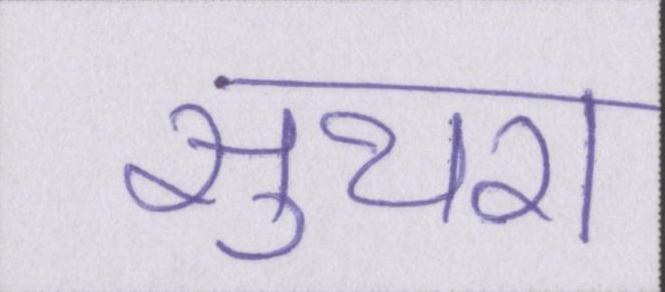
सुथरा